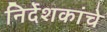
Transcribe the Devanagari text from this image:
निर्देशकांचे